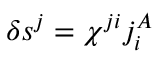
\delta s ^ { j } = \chi ^ { j i } j _ { i } ^ { A }